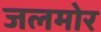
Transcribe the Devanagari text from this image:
जलमोर